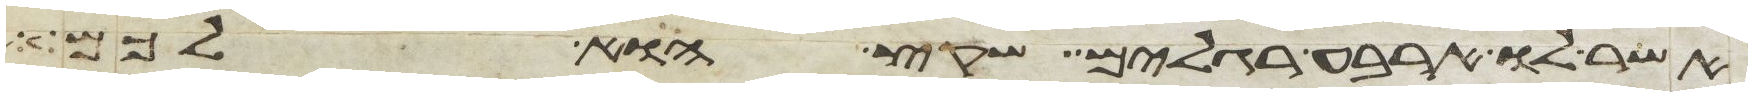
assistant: אשר לו ארבע רגלים שקץ הוא לכם